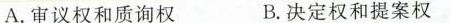
A.审议权和质询权 B.决定权和提案权